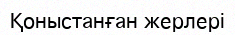
Қоныстанған жерлері